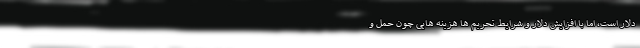
دلار است، اما با افزایش دلار و شرایط تحریم ها هزینه هایی چون حمل و